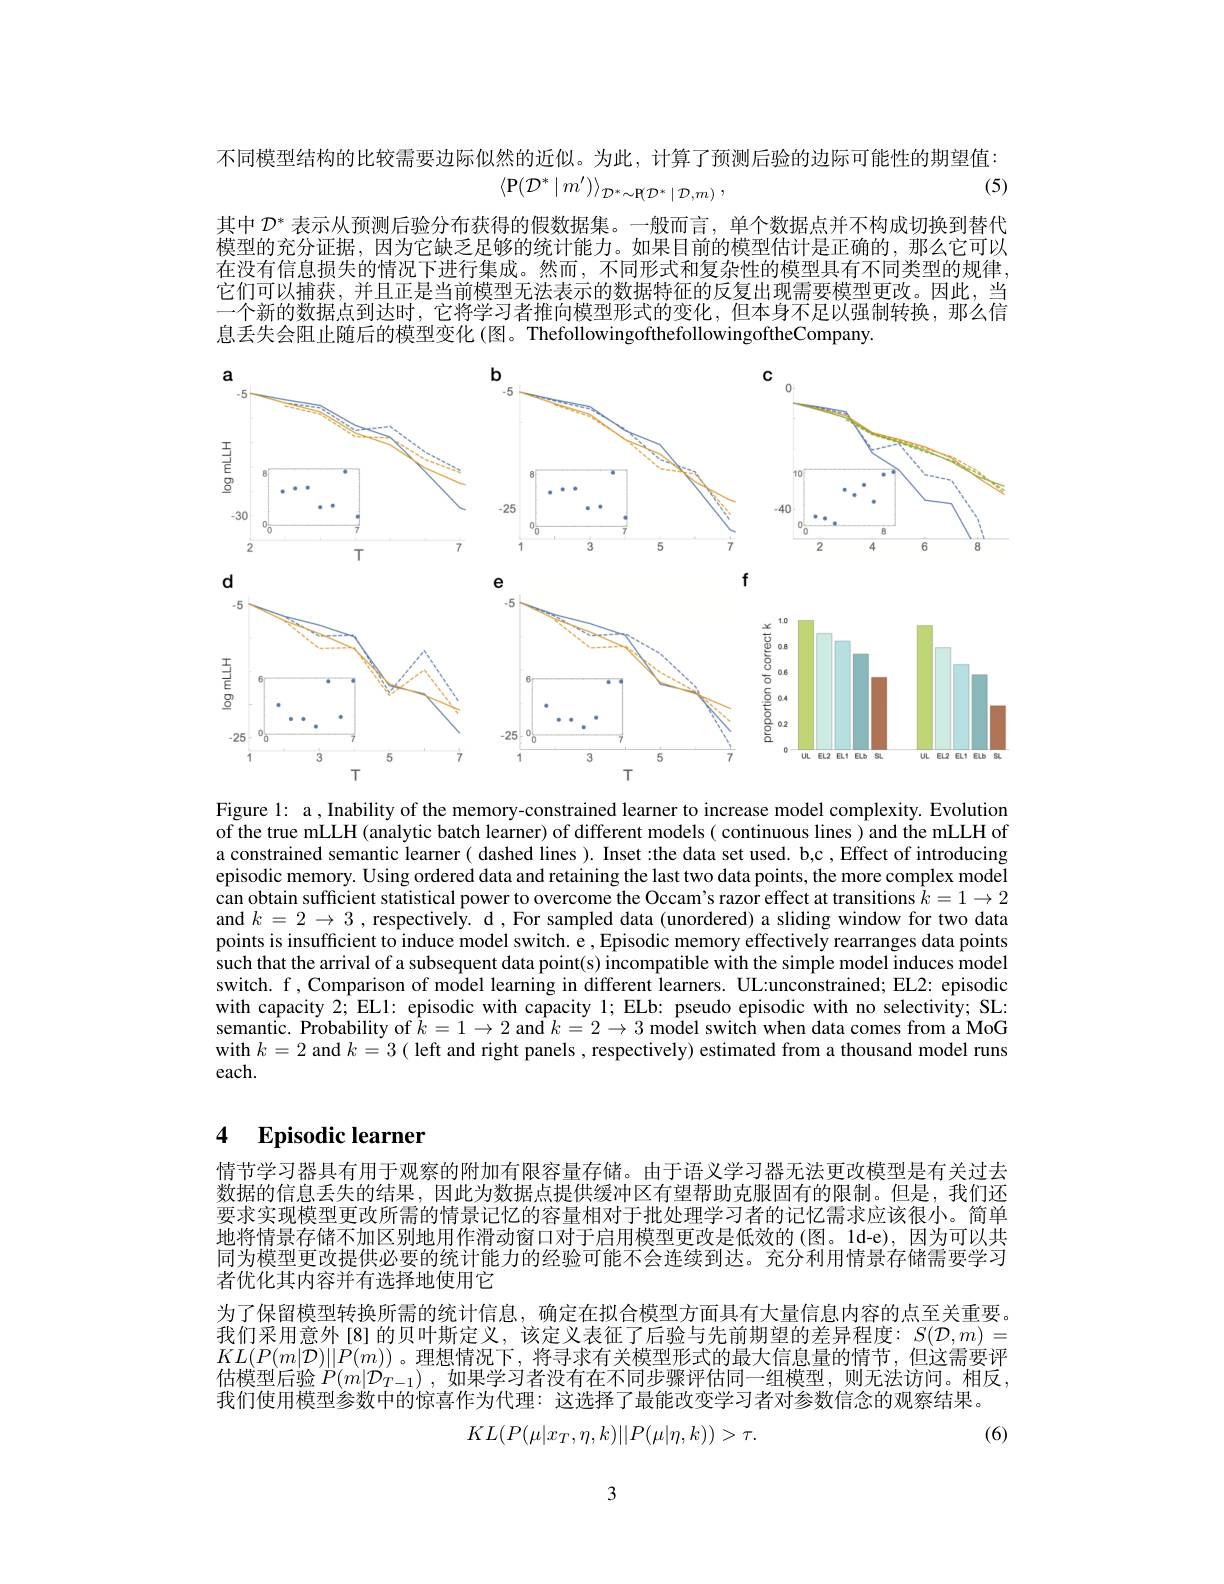
不同模型结构的比较需要边际似然的近似。为此，计算了预测后验的边际可能性的期望值：

(5)
$$\left\langle\mathrm{P}(\mathcal{D}^{*}\mid m')\right\rangle_{\mathcal{D}^{*}\sim\mathrm{P}(\mathcal{D}^{*}\mid\mathcal{D},m)}\:,$$
其中$\mathcal{D}^*$表示从预测后验分布获得的假数据集。一般而言，单个数据点并不构成切换到替代模型的充分证据，因为它缺乏足够的统计能力。如果目前的模型估计是正确的，那么它可以在没有信息损失的情况下进行集成。然而，不同形式和复杂性的模型具有不同类型的规律， 它们可以捕获，并且正是当前模型无法表示的数据特征的反复出现需要模型更改。因此，当一个新的数据点到达时，它将学习者推向模型形式的变化，但本身不足以强制转换，那么信息丢失会阻止随后的模型变化(图。ThefollowingofthefollowingoftheCompany.

<FigureHere>

Figure l: a , Inability of the memory-constrained learner to increase model complexity. Evolution of the true mLLH (analytic batch learner) of different models( continuous lines) and the mLLH of a constrained semantic learner( dashed lines). Inset :the data set used. b,c , Effect of introducing episodic memory. Using ordered data and retaining the last two data points, the more complex model can obtain sufficient statistical power to overcome the Occam's razor effect at transitions $k=1\to2$ and $k=2\to3$ , respectively. d , For sampled data (unordered) a sliding window for two data points is insufficient to induce model switch. e , Episodic memory effectively rearranges data points such that the arrival of a subsequent data point(s) incompatible with the simple model induces model switch. f, Comparison of model learning in different learners. UL:unconstrained; EL2: episodic with capacity 2; ELl: episodic with capacity 1; ELb: pseudo episodic with no selectivity; SL: semantic. Probability of $\hat{k} = 1\to 2$ and $\hat{k} = 2\to 3$ model switch when data comes from a MoG with $k=2$ and $k=3($ left and right panels , respectively) estimated from a thousand model runs each.

### 4 $\textbf{Episodic learner}$

情节学习器具有用于观察的附加有限容量存储。由于语义学习器无法更改模型是有关过去数据的信息丢失的结果，因此为数据点提供缓冲区有望帮助克服固有的限制。但是，我们还要求实现模型更改所需的情景记忆的容量相对于批处理学习者的记忆需求应该很小。简单地将情景存储不加区别地用作滑动窗口对于启用模型更改是低效的(图。1d-e),因为可以共同为模型更改提供必要的统计能力的经验可能不会连续到达。充分利用情景存储需要学习者优化其内容并有选择地使用它
为了保留模型转换所需的统计信息，确定在拟合模型方面具有大量信息内容的点至关重要。我们采用意外[8]的贝叶斯定义，该定义表征了后验与先前期望的差异程度：$S(\mathcal{D},m)=$ $KL(P(m|\mathcal{D})||P(m))$。理想情况下，将寻求有关模型形式的最大信息量的情节，但这需要评估模型后验$P(m|\mathcal{D}_{T-1})$,如果学习者没有在不同步骤评估同一组模型，则无法访问。相反， 我们使用模型参数中的惊喜作为代理：这选择了最能改变学习者对参数信念的观察结果。
$$KL(P(\mu|x_T,\eta,k)||P(\mu|\eta,k))>\tau.$$
(6)

3